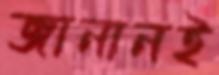
জানানই